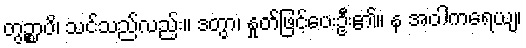
တွဉ္စာပိ၊ သင်သည်လည်း။ ဒတွာ၊ နှုတ်ဖြင့်ပေးဦး၏။ န အဝါကရေယျ၊